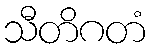
သီတိဂတံ